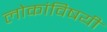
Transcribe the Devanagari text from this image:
लोकांविषयी